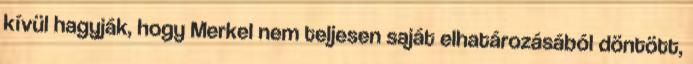
kívül hagyják, hogy Merkel nem teljesen saját elhatározásából döntött,